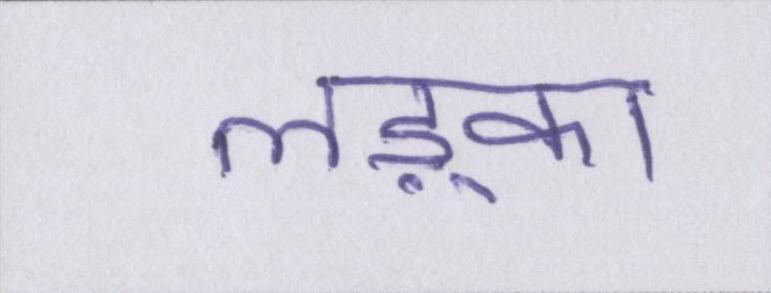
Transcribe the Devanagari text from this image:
लड़्का